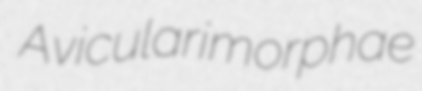
Avicularimorphae